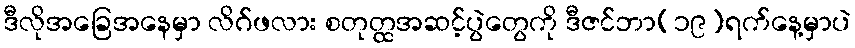
ဒီလိုအခြေအနေမှာ လိဂ်ဖလား စတုတ္ထအဆင့်ပွဲတွေကို ဒီဇင်ဘာ(၁၉)ရက်နေ့မှာပဲ